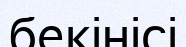
бекінісі